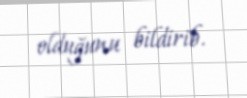
olduğunu bildirib.